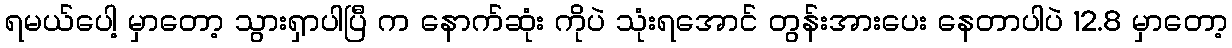
ရမယ်ပေါ့ မှာတော့ သွားရှာပါပြီ က နောက်ဆုံး ကိုပဲ သုံးရအောင် တွန်းအားပေး နေတာပါပဲ 12.8 မှာတော့